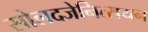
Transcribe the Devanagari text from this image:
सोलदजेनित्सयन